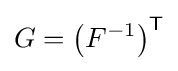
G=\left(F^{-1}\right)^{\mathsf {T}}